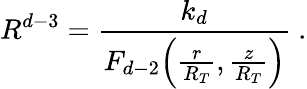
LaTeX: R^{d-3}=\frac{k_{d}}{F_{d-2}\Big(\frac{r}{R_{T}},\frac{z}{R_{T}}\Big)}\ .